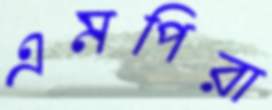
এমপিরা